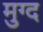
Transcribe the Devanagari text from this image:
मुग्द